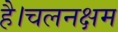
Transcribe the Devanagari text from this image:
है।चलनक्षम